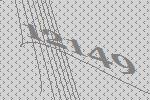
12149